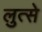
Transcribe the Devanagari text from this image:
लुत्से